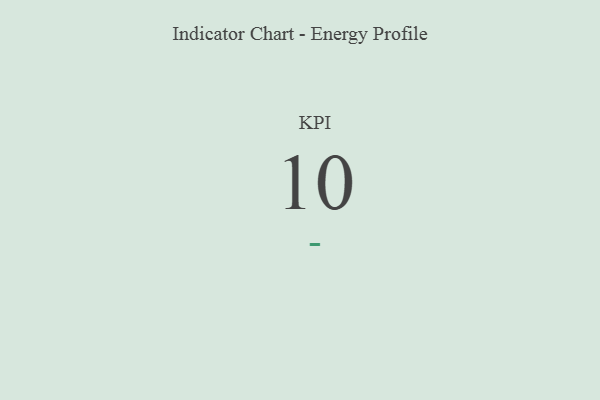
{"axis": {"x": "KPI", "y": "Value"}, "legend": [""], "data": [{"x": "KPI", "y": 10, "type": ""}]}